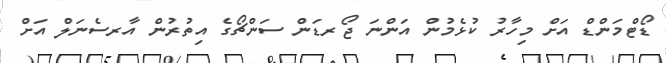
ޑޯޓްމަންޑް އަށް މިހާރު ކުޅެމުން އަންނަ ޖޯރޑަން ސަންޗޯގެ އިތުރުން އާރސެނަލް އަށް